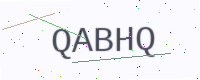
Text: QABHQ